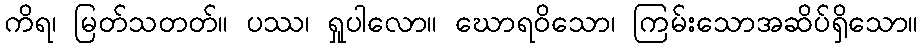
ကိရ၊ မြတ်သတတ်။ ပဿ၊ ရှုပါလော။ ဃောရဝိသော၊ ကြမ်းသောအဆိပ်ရှိသော။